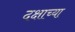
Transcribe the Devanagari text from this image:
दक्षाच्या